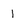
Character: 1